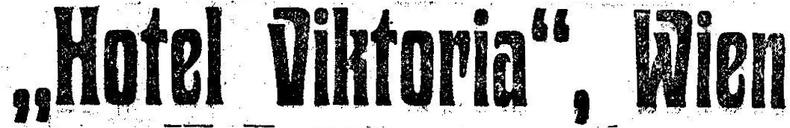
„Hotel Viktoria“, Wien